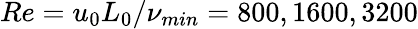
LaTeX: Re={u_{0}L_{0}}/\nu_{min}=800,1600,3200